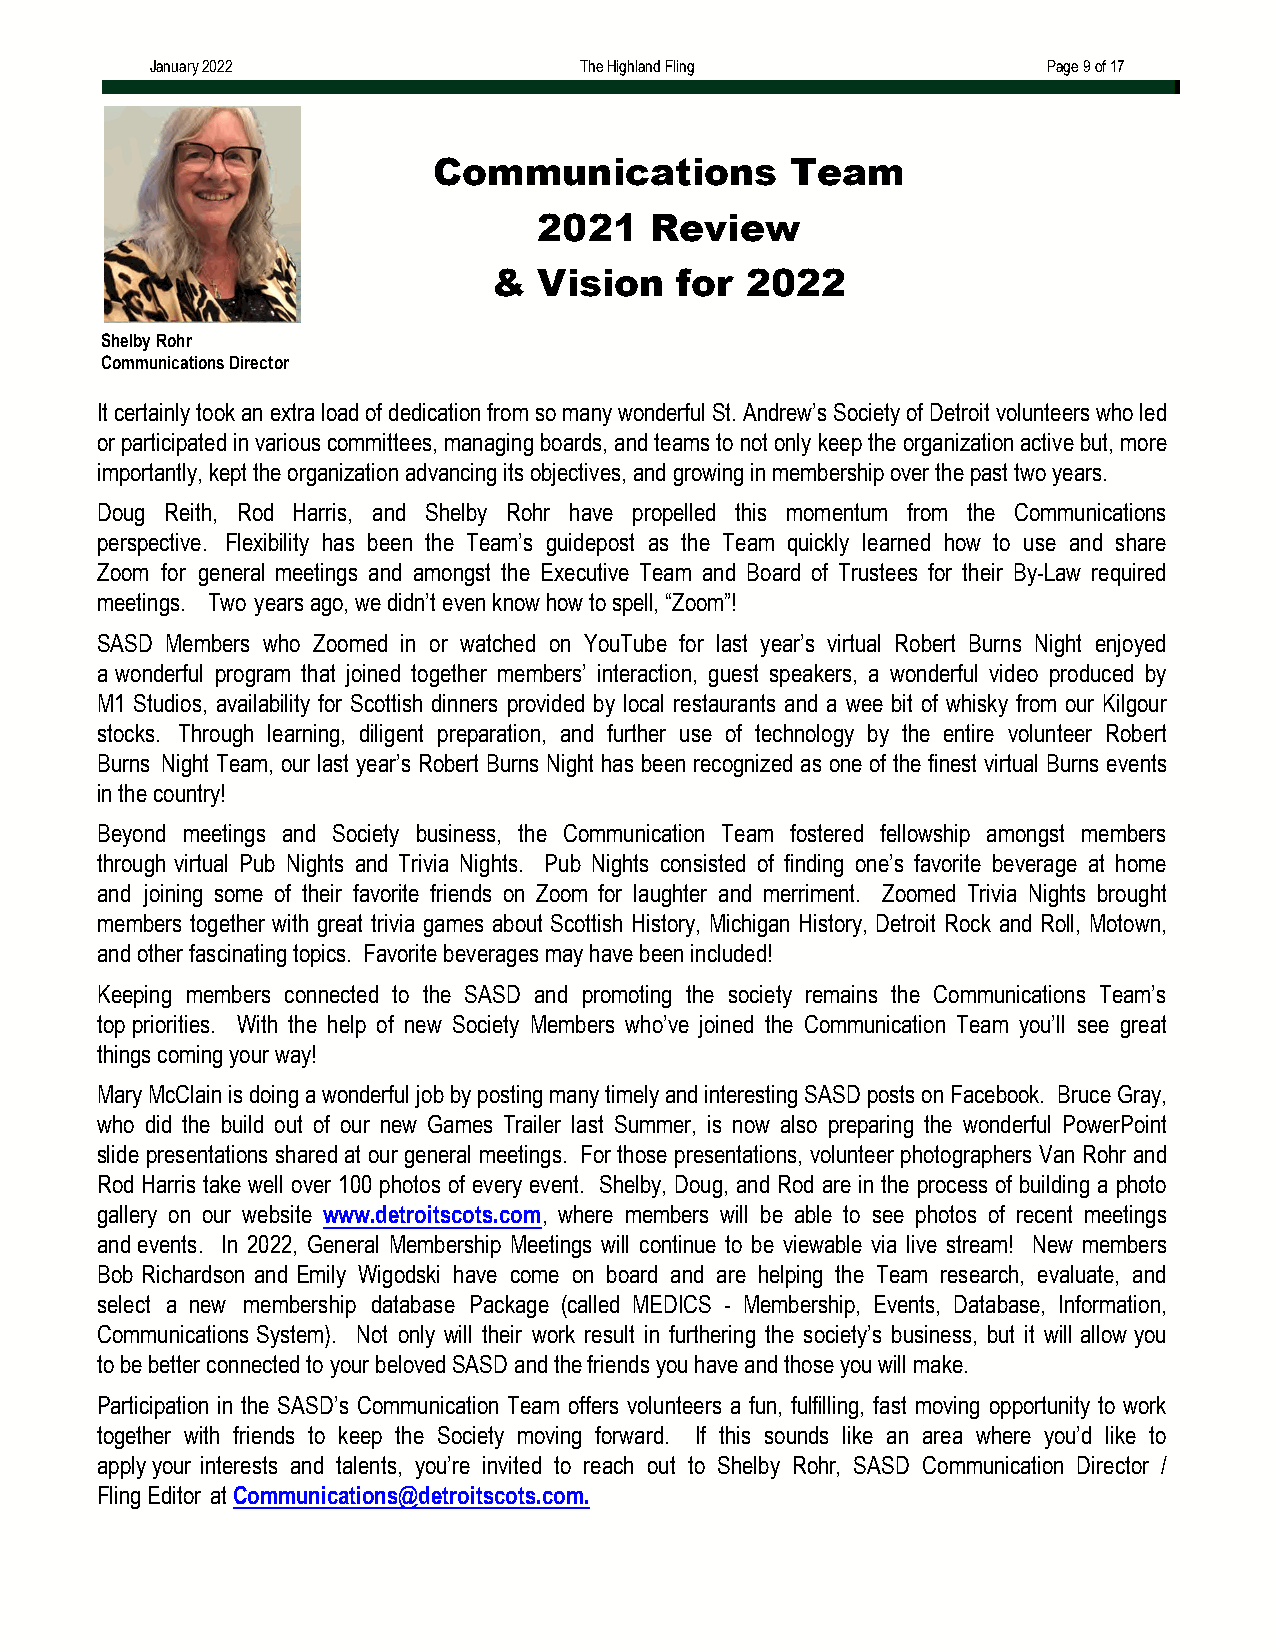
January 2022                The Highland Fling             Page 9 of 17
 Communications         Team
 2021   Review
 &  Vision   for 2022
 Shelby Rohr
 Communications Director
 It certainly took an extra load of dedication from so many wonderful St. Andrew’s Society of Detroit volunteers who led
 or participated in various committees, managing boards, and teams to not only keep the organization active but, more
 importantly, kept the organization advancing its objectives, and growing in membership over the past two years.
 Doug Reith, Rod Harris, and Shelby Rohr have propelled this momentum from the Communications
 perspective. Flexibility has been the Team’s guidepost as the Team quickly learned how to use and share
 Zoom for general meetings and amongst the Executive Team and Board of Trustees for their By-Law required
 meetings. Two years ago, we didn’t even know how to spell, “Zoom”!
 SASD Members who Zoomed in or watched on YouTube for last year’s virtual Robert Burns Night enjoyed
 a wonderful program that joined together members’ interaction, guest speakers, a wonderful video produced by
 M1 Studios, availability for Scottish dinners provided by local restaurants and a wee bit of whisky from our Kilgour
 stocks. Through learning, diligent preparation, and further use of technology by the entire volunteer Robert
 Burns Night Team, our last year’s Robert Burns Night has been recognized as one of the finest virtual Burns events
 in the country!
 Beyond meetings and Society business, the Communication Team fostered fellowship amongst members
 through virtual Pub Nights and Trivia Nights. Pub Nights consisted of finding one’s favorite beverage at home
 and joining some of their favorite friends on Zoom for laughter and merriment. Zoomed Trivia Nights brought
 members together with great trivia games about Scottish History, Michigan History, Detroit Rock and Roll, Motown,
 and other fascinating topics. Favorite beverages may have been included!
 Keeping members connected to the SASD and promoting the society remains the Communications Team’s
 top priorities. With the help of new Society Members who’ve joined the Communication Team you’ll see great
 things coming your way!
 Mary McClain is doing a wonderful job by posting many timely and interesting SASD posts on Facebook. Bruce Gray,
 who did the build out of our new Games Trailer last Summer, is now also preparing the wonderful PowerPoint
 slide presentations shared at our general meetings. For those presentations, volunteer photographers Van Rohr and
 Rod Harris take well over 100 photos of every event. Shelby, Doug, and Rod are in the process of building a photo
 gallery on our website www.detroitscots.com, where members will be able to see photos of recent meetings
 and events. In 2022, General Membership Meetings will continue to be viewable via live stream! New members
 Bob Richardson and Emily Wigodski have come on board and are helping the Team research, evaluate, and
 select a new membership database Package (called MEDICS - Membership, Events, Database, Information,
 Communications System). Not only will their work result in furthering the society’s business, but it will allow you
 to be better connected to your beloved SASD and the friends you have and those you will make.
 Participation in the SASD’s Communication Team offers volunteers a fun, fulfilling, fast moving opportunity to work
 together with friends to keep the Society moving forward. If this sounds like an area where you’d like to
 apply your interests and talents, you’re invited to reach out to Shelby Rohr, SASD Communication Director /
 Fling Editor at Communications@detroitscots.com.